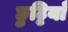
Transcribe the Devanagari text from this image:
छुट्टियाँ